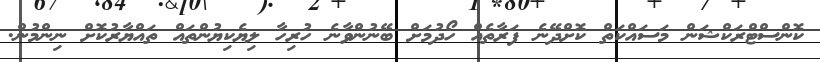
ކޮންސްޓްރަކްޝަން މަސައްކަތް ކޮށްދޭނެ ފަރާތެއް ހޯދުމަށް ބޭނުންވާނެ ހުރިހާ ލިޔެކިޔުންތައް ތައްޔާރުކޮށް ނިންމުން.